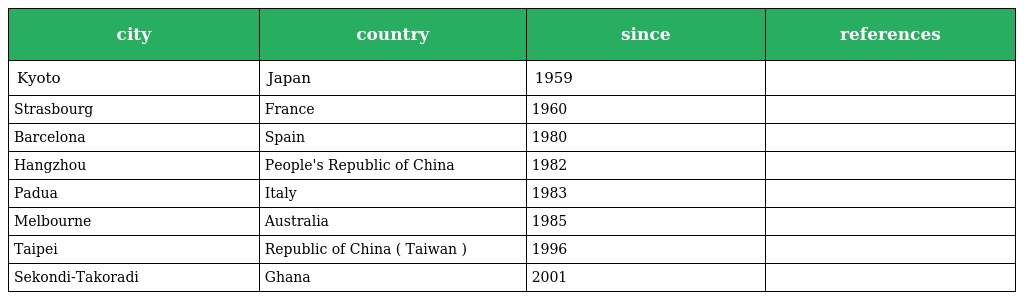
| city | country | since | references |
 | --- | --- | --- | --- |
 | Kyoto | Japan | 1959 |  |
 | Strasbourg | France | 1960 |  |
 | Barcelona | Spain | 1980 |  |
 | Hangzhou | People's Republic of China | 1982 |  |
 | Padua | Italy | 1983 |  |
 | Melbourne | Australia | 1985 |  |
 | Taipei | Republic of China ( Taiwan ) | 1996 |  |
 | Sekondi-Takoradi | Ghana | 2001 |  |